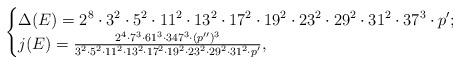
LaTeX: \begin{align*}\begin{cases}\Delta(E)=2^8 \cdot 3^2 \cdot 5^2 \cdot 11^2 \cdot 13^2 \cdot 17^2 \cdot 19^2 \cdot 23^2 \cdot 29^2 \cdot 31^2 \cdot 37^3 \cdot p^\prime;\\j(E) = \frac{2^4 \cdot 7^3 \cdot 61^3 \cdot 347^3 \cdot (p'')^3}{3^2 \cdot 5^2 \cdot 11^2 \cdot 13^2 \cdot 17^2 \cdot 19^2 \cdot 23^2 \cdot 29^2 \cdot 31^2 \cdot p^\prime}, \end{cases}\end{align*}